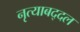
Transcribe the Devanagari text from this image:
नृत्याबद्दल